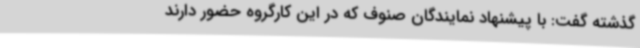
گذشته گفت: با پیشنهاد نمایندگان صنوف که در این کارگروه حضور دارند